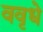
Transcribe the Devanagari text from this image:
ववृधे